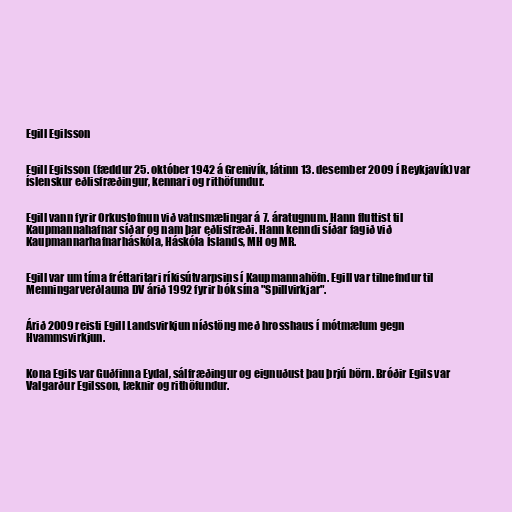
Egill Egilsson

Egill Egilsson (fæddur 25. október 1942 á Grenivík, látinn 13. desember 2009 í Reykjavík) var
íslenskur eðlisfræðingur, kennari og rithöfundur.

Egill vann fyrir Orkustofnun við vatnsmælingar á 7. áratugnum. Hann fluttist til
Kaupmannahafnar síðar og nam þar eðlisfræði. Hann kenndi síðar fagið við
Kaupmannarhafnarháskóla, Háskóla Íslands, MH og MR.

Egill var um tíma fréttaritari ríkisútvarpsins í Kaupmannahöfn. Egill var tilnefndur til
Menningarverðlauna DV árið 1992 fyrir bók sína "Spillvirkjar".

Árið 2009 reisti Egill Landsvirkjun níðstöng með hrosshaus í mótmælum gegn
Hvammsvirkjun.

Kona Egils var Guðfinna Eydal, sálfræðingur og eignuðust þau þrjú börn. Bróðir Egils var
Valgarður Egilsson, læknir og rithöfundur.